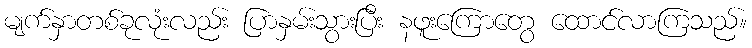
မျက်နှာတစ်ခုလုံးလည်း ပြာနှမ်းသွားပြီး နဖူးကြောတွေ ထောင်လာကြသည်။